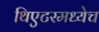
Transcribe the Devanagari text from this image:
थिएटरमध्येच